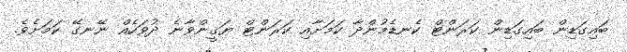
ބައިގަޑިން ބައިގަޑިން ކަރަންޓް ކެނޑެމުންދާ ކަމަށާއި ކަރަންޓް ޔަޤީންވާނެ ދުވަހެއް ނޭނގޭ ކަމަށެވެ.